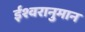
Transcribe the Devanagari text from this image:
ईश्वरानुमान